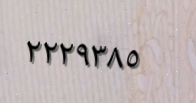
٢٢٢٩٣٨٥